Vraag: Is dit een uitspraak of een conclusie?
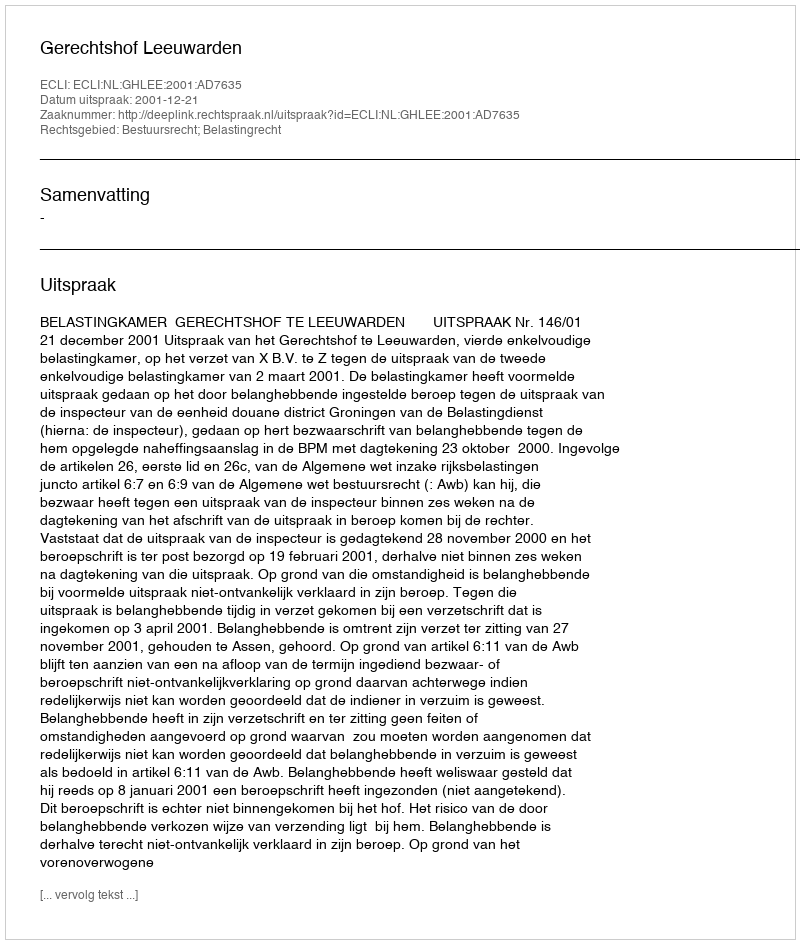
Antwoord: Uitspraak